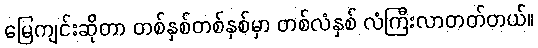
မြေကျင်းဆိုတာ တစ်နှစ်တစ်နှစ်မှာ တစ်လံနှစ် လံကြီးလာတတ်တယ်။